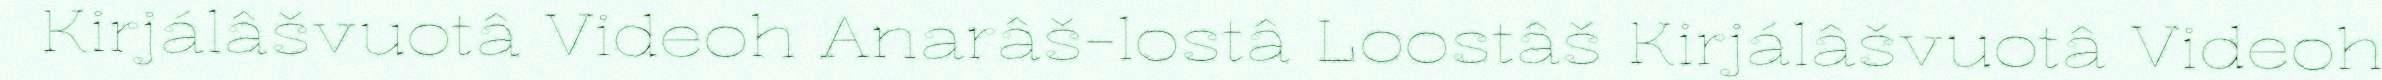
Kirjálâšvuotâ Videoh Anarâš-lostâ Loostâš Kirjálâšvuotâ Videoh